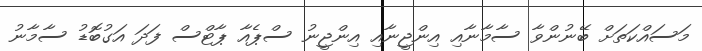
މަސައްކަތަށް ބޭނުންވާ ސާމާނާއި އިންޖީނާއި އިންޖީނު ސްޕެއާ ޕާޓްސް ފަދަ އަގުބޮޑު ސާމާނު